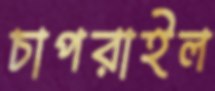
চাপরাইল